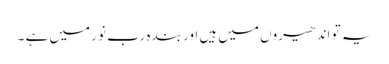
یہ تو اندھیروں میں ہیں اور بندہ رب نور میں ہے ۔